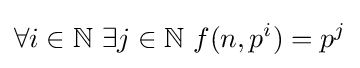
\forall i\in \mathbb {N} \ \exists j\in \mathbb {N} \ f(n,p^{i})=p^{j}